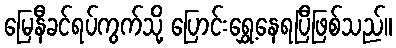
မြေနီခင်ရပ်ကွက်သို့ ပြောင်းရွှေ့နေရပြီဖြစ်သည်။